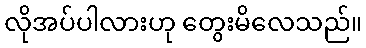
လိုအပ်ပါလားဟု တွေးမိလေသည်။